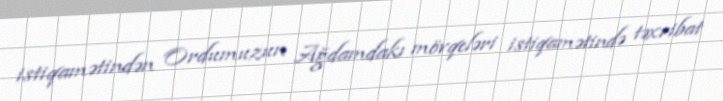
istiqamətindən Ordumuzun Ağdamdakı mövqeləri istiqamətində təxribat